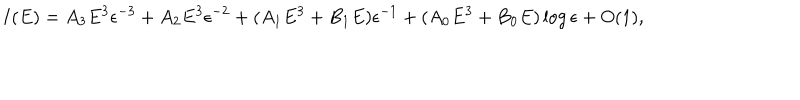
I ( E ) = A _ { 3 } E ^ { 3 } \epsilon ^ { - 3 } + A _ { 2 } E ^ { 3 } \epsilon ^ { - 2 } + ( A _ { 1 } E ^ { 3 } + B _ { 1 } E ) \epsilon ^ { - 1 } + ( A _ { 0 } E ^ { 3 } + B _ { 0 } E ) \log \epsilon + O ( 1 ) ,